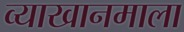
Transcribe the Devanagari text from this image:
व्याखानमाला